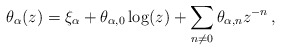
\begin{align*} \theta_{\alpha}(z) = \xi_{\alpha} + \theta_{\alpha,0}\log(z) + \sum_{n\neq 0}\theta_{\alpha,n}z^{-n}\,,\end{align*}